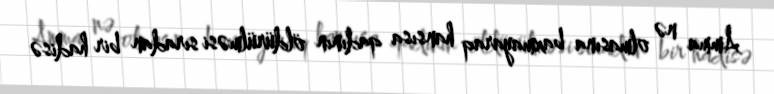
Amma nə olmasına baxmayaraq hansısa qadının öldürülməsi sıradan bir hadisə